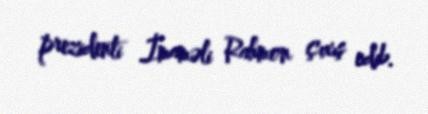
prezidenti İmaməli Rahmon çıxış edib.